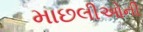
માછલીઓની